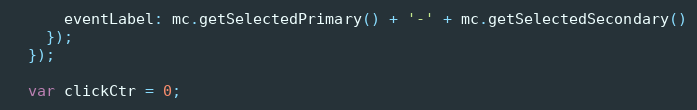
Language: JavaScript
      eventLabel: mc.getSelectedPrimary() + '-' + mc.getSelectedSecondary()
    });
  });

  var clickCtr = 0;